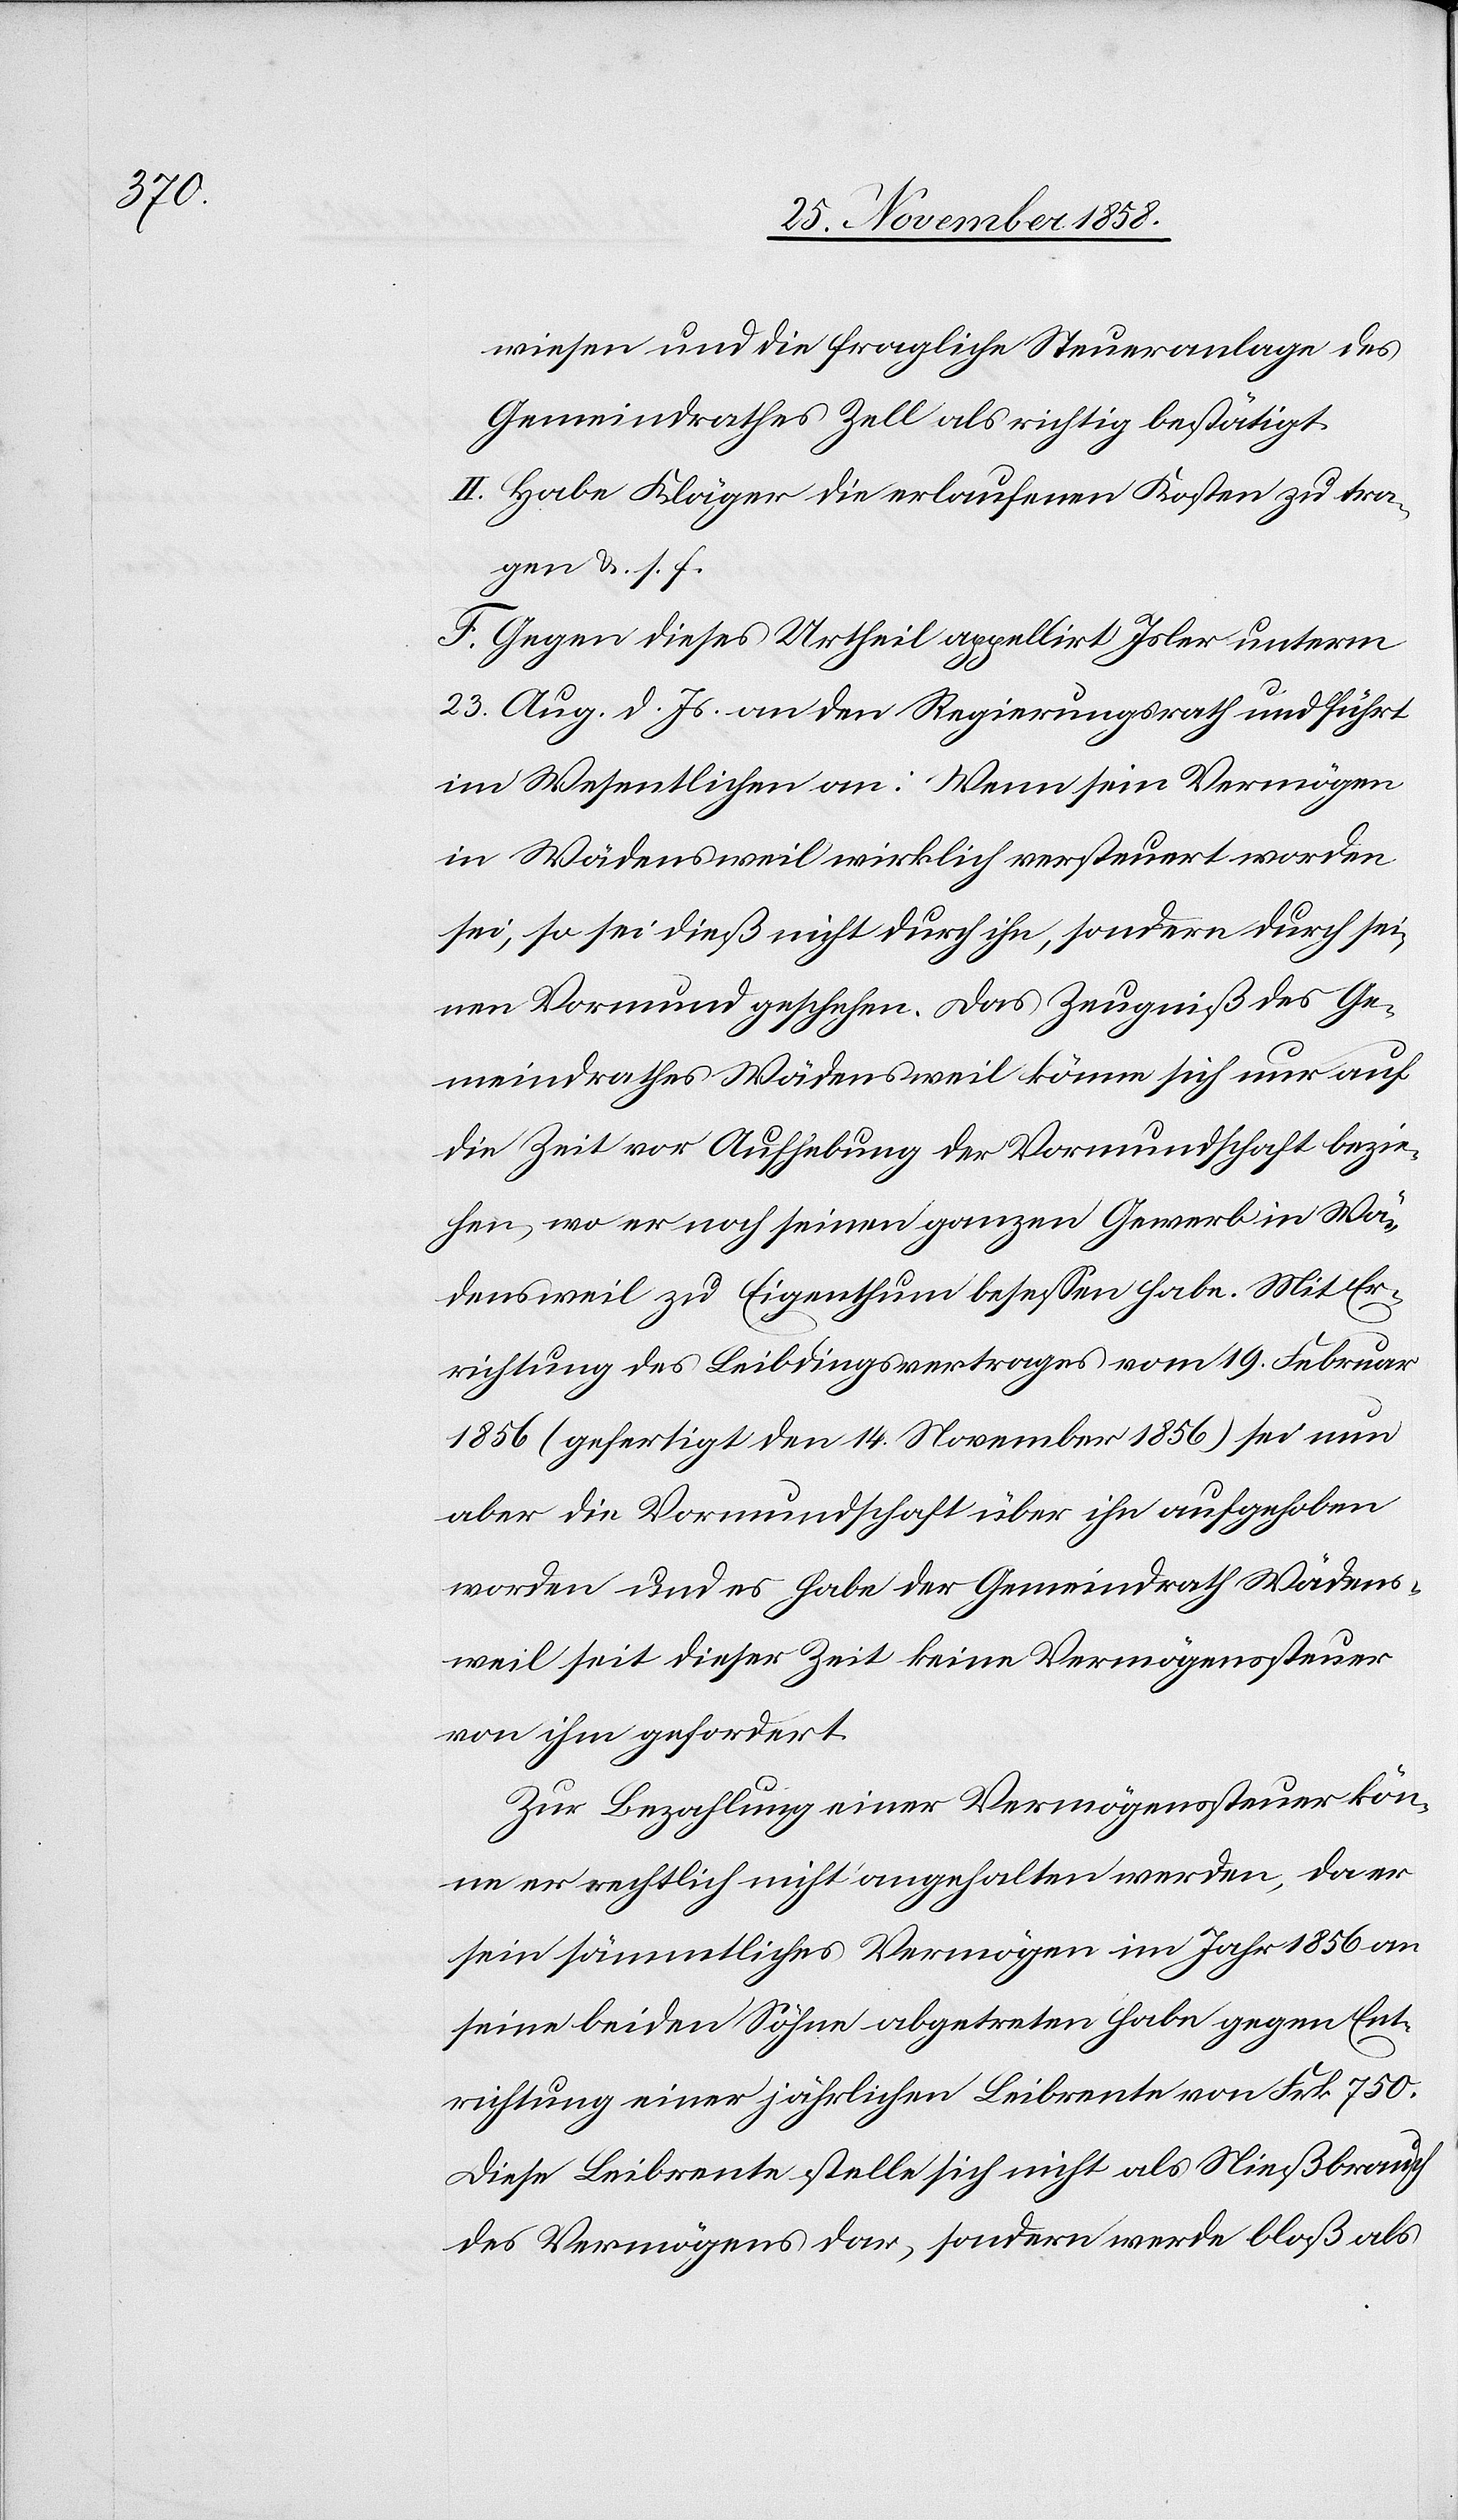
wiesen und die fragliche Steueranlage des
Gemeindrathes Zell als richtig bestätigt.
Habe Kläger die erlaufenen Kosten zu tra¬
gen &. s. f.
F. Gegen dieses Urtheil appellirt Isler unterm
23. Aug. d. Js. an den Regierungsrath und führt
im Wesentlichen an: Wenn sein Vermögen
in Wädensweil wirklich versteuert worden
sei, so sei dieß nicht durch ihn, sondern durch sei¬
nen Vormund geschehen. Das Zeugniß des Ge¬
meindrathes Wädensweil könne sich nur auf
die Zeit vor Aufhebung der Vormundschaft bezie¬
hen, wo er noch seinen ganzen Gewerb in Wä¬
densweil zu Eigenthum besessen habe. Mit Er¬
richtung des Leibdingsvertrages vom 19. Februar
1856 (gefertigt den 14. November 1856) sei nun
aber die Vormundschaft über ihn aufgehoben
worden und es habe der Gemeindrath Wädens¬
weil seit dieser Zeit keine Vermögenssteuer
von ihm gefordert.
Zur Bezahlung einer Vermögenssteuer kön¬
ne er rechtlich nicht angehalten werden, da er
sein sämmtliches Vermögen im Jahr 1856 an
seine beiden Söhne abgetreten habe gegen Ent¬
richtung einer jährlichen Leibrente von Frk. 750.
Diese Leibrente stelle sich nicht als Nießbrauch
des Vermögens dar, sondern werde bloß als